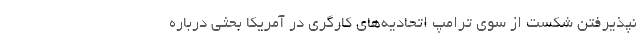
نپذیرفتن شکست از سوی ترامپ اتحادیه‌های کارگری در آمریکا بحثی درباره